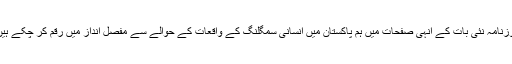
روزنامہ نئی بات کے انہی صفحات میں ہم پاکستان میں انسانی سمگلنگ کے واقعات کے حوالے سے مفصل انداز میں رقم کر چکے ہیں ۔